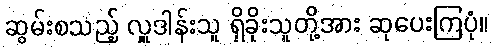
ဆွမ်းစသည့် လှူဒါန်းသူ ရှိခိုးသူတို့အား ဆုပေးကြပုံ။